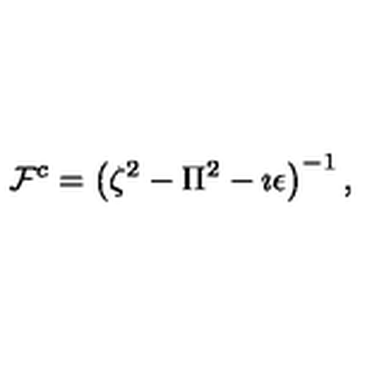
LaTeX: { \cal F } ^ { c } = \left( \zeta ^ { 2 } - \Pi ^ { 2 } - \imath \epsilon \right) ^ { - 1 } ,